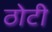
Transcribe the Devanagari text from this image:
ठोटी